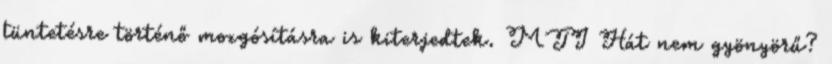
tüntetésre történő mozgósításra is kiterjedtek. MTI Hát nem gyönyörű?